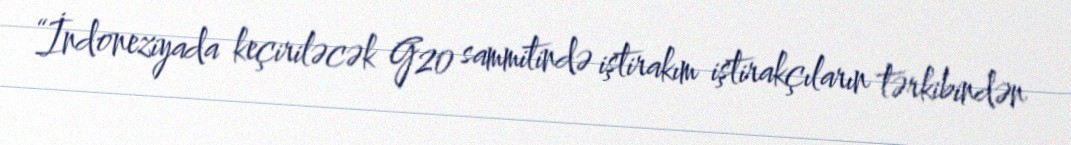
“İndoneziyada keçiriləcək G20 sammitində iştirakım iştirakçıların tərkibindən